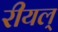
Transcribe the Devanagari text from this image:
रीयल्